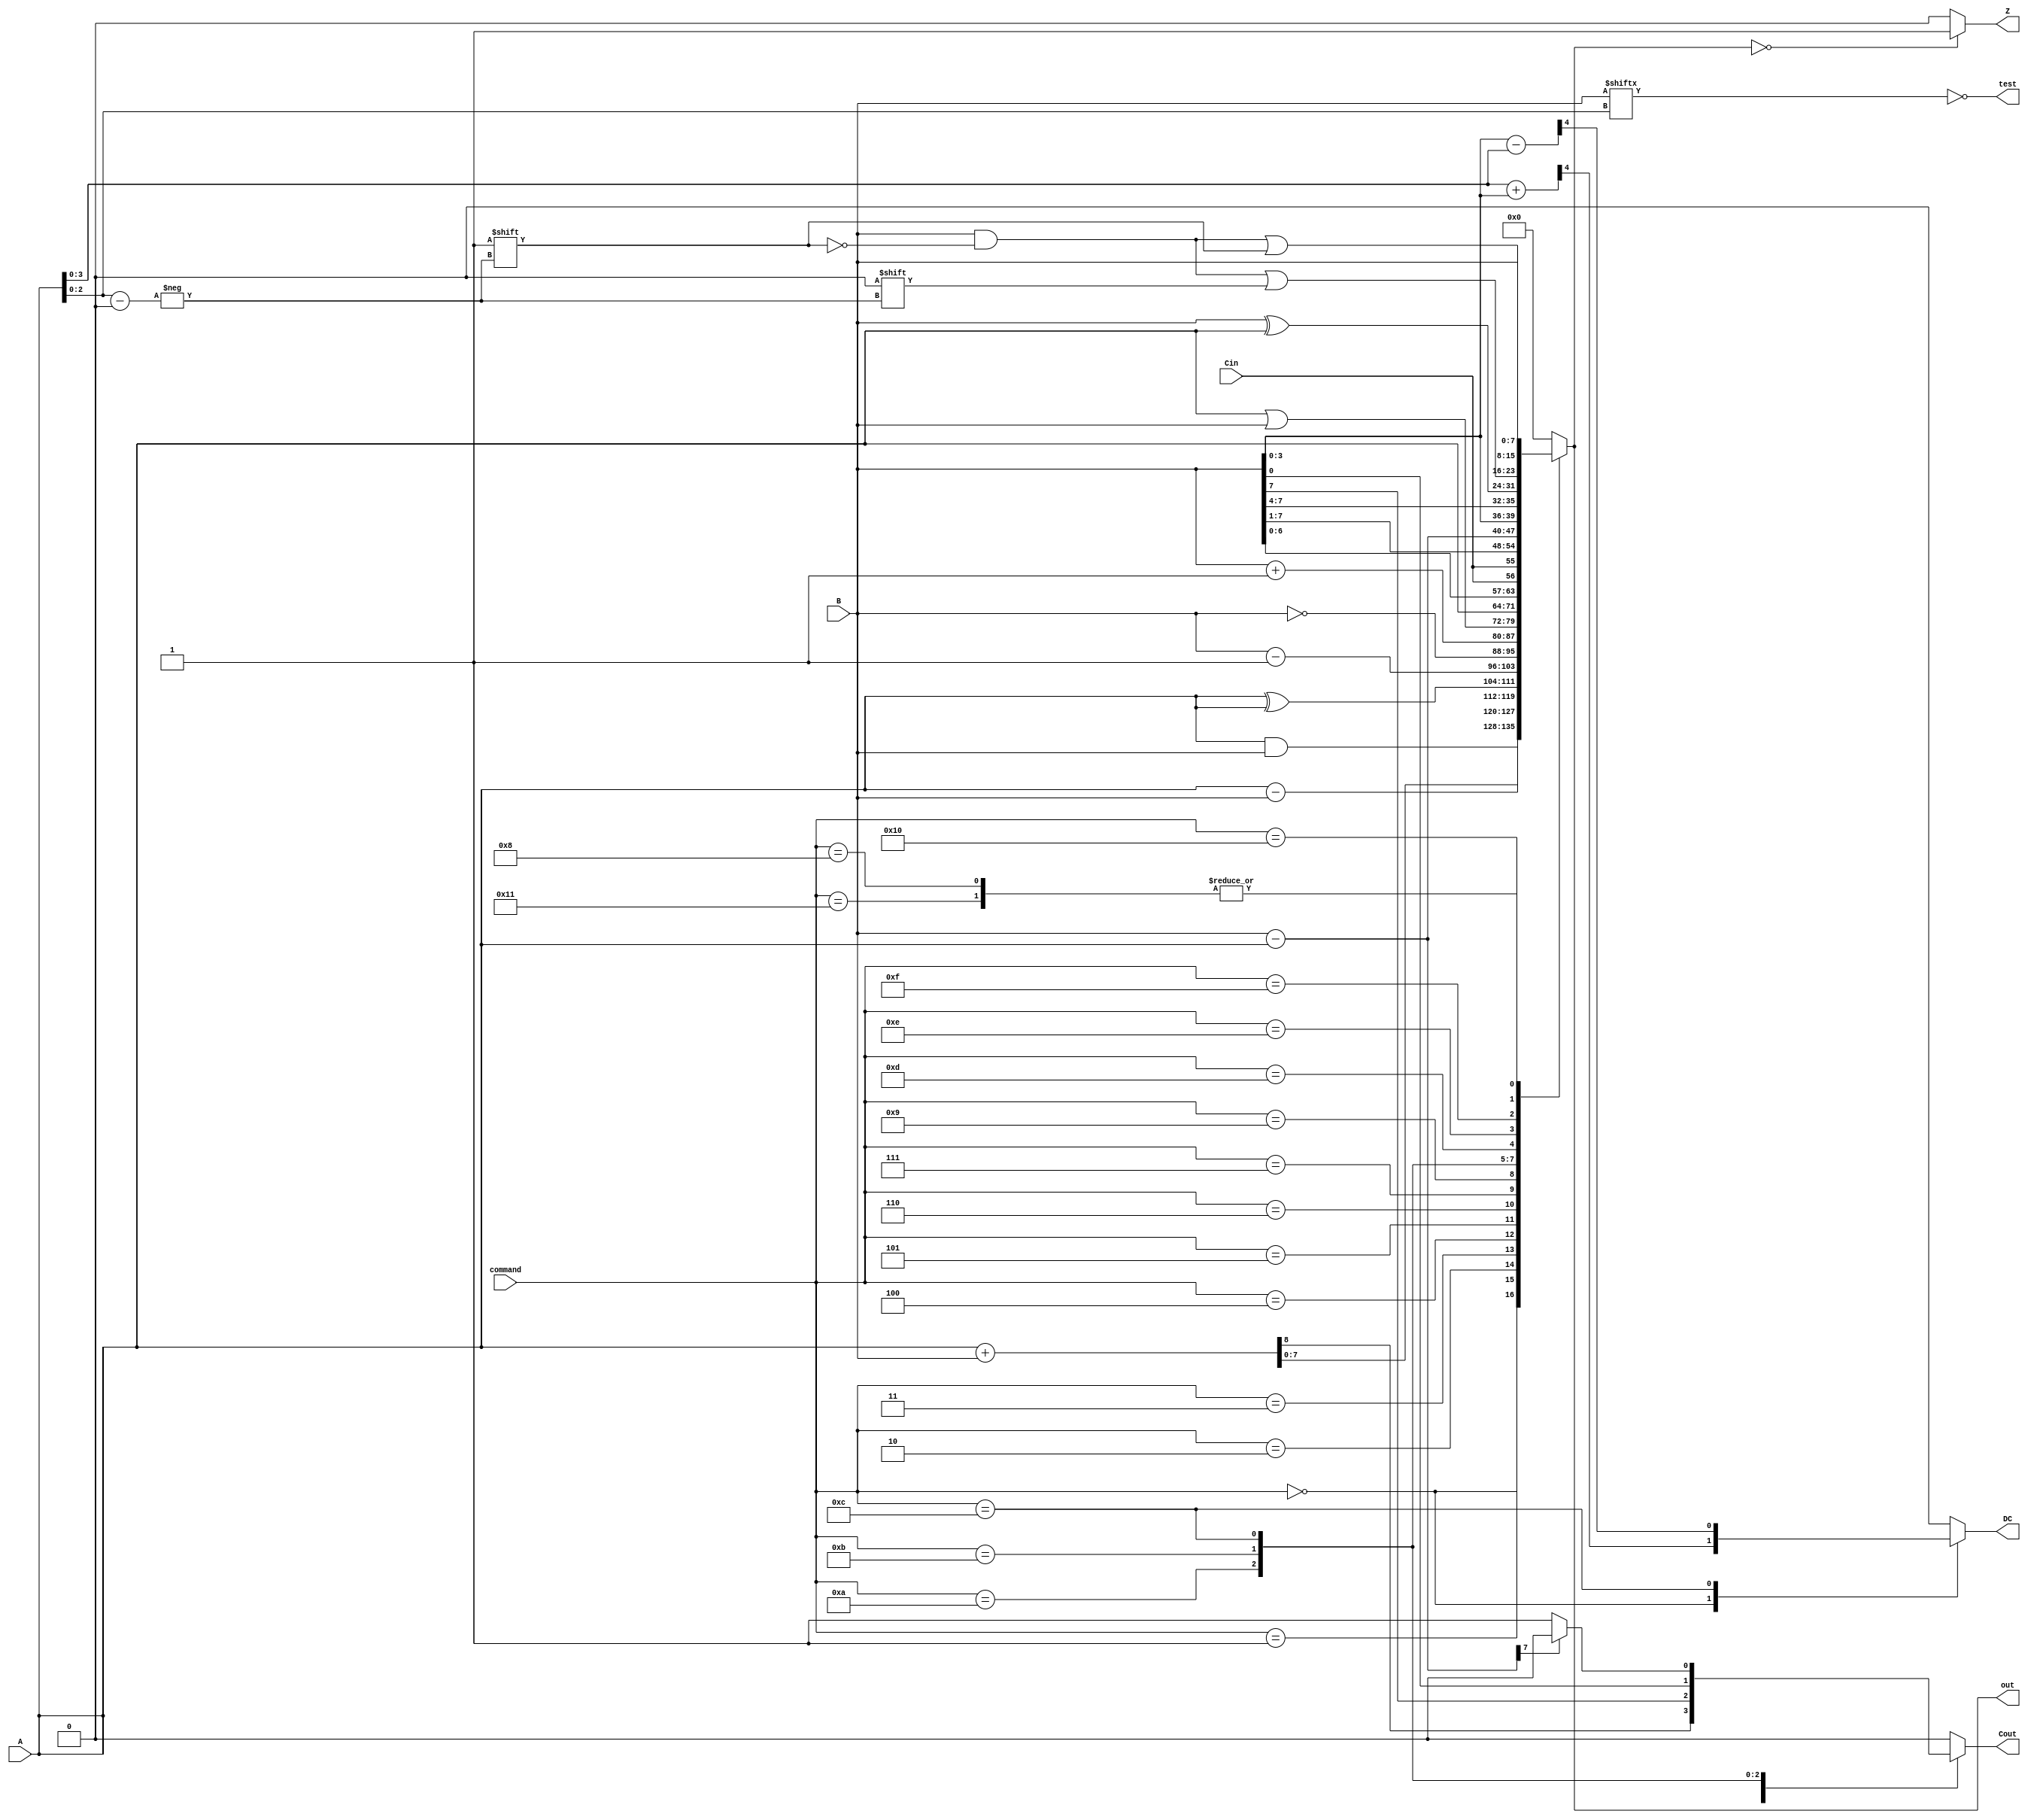
`timescale 1ns / 1ps
//////////////////////////////////////////////////////////////////////////////////
// Company: 
// Engineer: 
// 
// Design Name: 
// Module Name:    ALU 
// Project Name: 
// Target Devices: 
// Tool versions: 
// Description: 
//
// Dependencies: 
//
// Revision: 
// Revision 0.01 - File Created
// Additional Comments: 
//
//////////////////////////////////////////////////////////////////////////////////
module ALU(out, Z, DC, Cout, test, A, B, Cin, command);
	output	reg	[7:0]	out;
	output	reg			Z, DC, Cout, test;
	input				[7:0] A,B;
	input				[7:0]	command;
	input						Cin;
	
	
	reg 	[4:0]	temp;
	
	//ALU Commands
	parameter AplusB = 8'd0;
	parameter AminusB = 8'd1;
	parameter AandB = 8'd2;
	parameter AxorA = 8'd3;
	parameter Bsub1 = 8'd4;
	parameter Bcomp = 8'd5;
	parameter Bplus1 = 8'd6;
	parameter AorB = 8'd7;
	parameter Bout = 8'd8;
	parameter Aout = 8'd9;
	parameter RLF	= 8'd10;
	parameter RRF	= 8'd11;
	parameter BsubA = 8'd12;
	parameter swapB = 8'd13;
	parameter AxorB = 8'd14;
	parameter BCF = 8'd15;
	parameter BSF = 8'd16;
	parameter BTest = 8'd17;
	
	always@(*)
	begin
		Cout = 1'b0;
		temp = 4'b0000;
		test = (B[A[2:0]] == 1'b0);
		out = 8'd0;
		DC = 1'd0;
		case(command)
			AplusB:
			begin
				{Cout,out} = A + B;
				temp = A[3:0] + B[3:0];
				DC = temp[4];
			end
			AminusB:
			begin
				out = A - B;
			end
			AandB:
			begin
				out = A & B ;
			end
			AxorA:
			begin
				out = A ^ A ;
			end
			Bsub1:
			begin
				out = B - 8'd1 ;
			end
			Bcomp:
			begin
				out = ~B;
			end
			Bplus1:
			begin
				out = B + 8'd1;
			end
			AorB:
			begin
				out = A | B;
			end
			Bout:
			begin
				out = B;
			end
			Aout:
			begin
				out = A;
			end	
			RLF:
			begin
				{Cout,out} = {B,Cin};
			end			
			RRF:
			begin
				{Cout,out} = {B[0],Cin,B[7:1]};
			end		
			BsubA:
			begin
				out = B - A;
				temp = B[3:0] - A[3:0];
				DC = temp[4];
				if(out[7] == 1)
					Cout = 1'b0;
				else
					Cout = 1'b1;
			end
			swapB :
			begin
				out = {B[3:0], B[7:4]};
			end
			AxorB :
			begin
				out = B ^ A ;
			end
			BCF :
			begin
				out = B;
				out[A[2:0]] = 1'b0;
			end
			BSF :
			begin
				out = B;
				out[A[2:0]] = 1'b1;
			end	

			BTest :
			begin
				out = B;
				test = (B[A[2:0]] == 1'b0);
			end
		endcase
	end

	always@(out)
	begin
		if(out == 8'd0)
		begin
			Z = 1'b1;
		end
		else
		begin
			Z = 1'b0;
		end
		
	end
		
	
endmodule